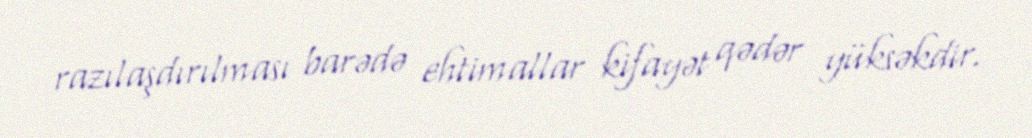
razılaşdırılması barədə ehtimallar kifayət qədər yüksəkdir.